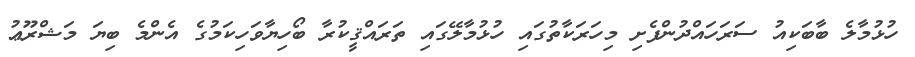
ހުޅުމާލެ ބާބަކިއު ސަރަހައްދުންފެށި މިހަރަކާތުގައި ހުޅުމާލޭގައި ތަރައްޤީކުރާ ބޯހިޔާވަހިކަމުގެ އެންމެ ބިޔަ މަޝްރޫޢު